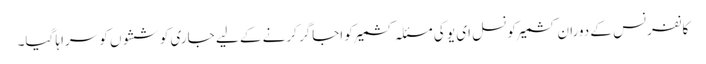
کانفرنس کے دوران کشمیرکونسل ای یو کی مسئلہ کشمیر کو اجاگر کرنے کے لیے جاری کوششوں کو سراہا گیا۔